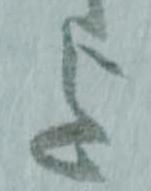
迄